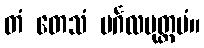
တံ တေသံ မင်္ဂလမုတ္တမံ။